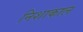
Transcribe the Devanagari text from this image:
निशाकाल